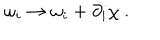
\omega _ { i } \rightarrow \omega _ { i } + \partial _ { i } \chi \ .